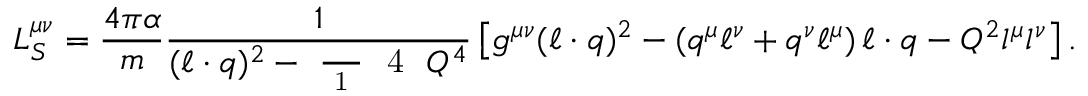
L _ { S } ^ { \mu \nu } = \frac { 4 \pi \alpha } { m } \frac { 1 } { ( \ell \cdot q ) ^ { 2 } - \mathrm { ~ \frac ~ { ~ 1 ~ } ~ { ~ 4 ~ } ~ } Q ^ { 4 } } \left[ g ^ { \mu \nu } ( \ell \cdot q ) ^ { 2 } - ( q ^ { \mu } \ell ^ { \nu } + q ^ { \nu } \ell ^ { \mu } ) \, \ell \cdot q - Q ^ { 2 } l ^ { \mu } l ^ { \nu } \right] .